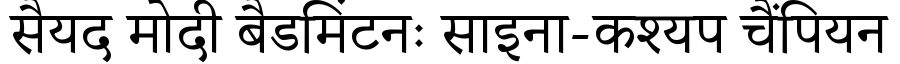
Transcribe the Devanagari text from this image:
सैयद मोदी बैडमिंटनः साइना-कश्यप चैंपियन